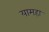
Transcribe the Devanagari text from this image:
यामहा